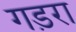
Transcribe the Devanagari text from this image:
गड़रा